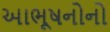
આભૂષનોનો